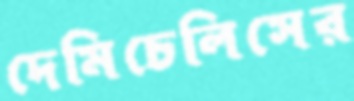
দেমিচেলিসের